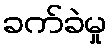
ခက်ခဲမှု